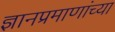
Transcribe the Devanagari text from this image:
ज्ञानप्रमाणांच्या